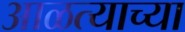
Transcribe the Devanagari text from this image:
आळत्याच्या